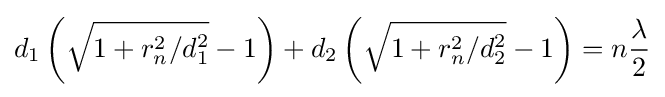
d_{1}\left({\sqrt {1+r_{n}^{2}/d_{1}^{2}}}-1\right)+d_{2}\left({\sqrt {1+r_{n}^{2}/d_{2}^{2}}}-1\right)=n{\frac {\lambda }{2}}